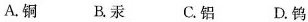
A.铜B.汞C.铝D.钨